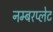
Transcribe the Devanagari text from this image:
नम्बरप्लेट